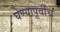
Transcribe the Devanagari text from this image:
घेण्यापूर्वीच